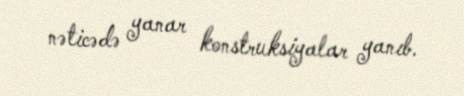
nəticədə yanar konstruksiyalar yanıb.